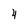
Character: 4